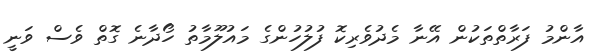
އާންމު ފަރާތްތަކުން އޭނާ މެދުވެރިކޮ ފުލުހުންގެ މައުލޫމާތު ހޯދާނެ ގޮތް ވެސް ވަނީ